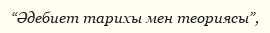
“Әдебиет тарихы мен теориясы”,